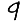
Digit: 9